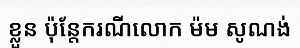
ខ្លួន ប៉ុន្តែករណីលោក ម៉ម សូណង់